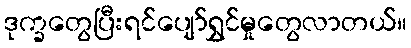
ဒုက္ခတွေပြီးရင်ပျော်ရွှင်မှုတွေလာတယ်။